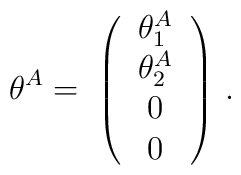
\theta^A = \; \left( \begin{tabular}{c}  $\theta_1^A$ \\$ \theta_2^A$ \\ $0$ \\ $0$ \end{tabular} \right)\,.